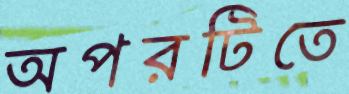
অপরটিতে